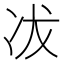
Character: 冹